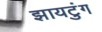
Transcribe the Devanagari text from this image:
झायटुंग